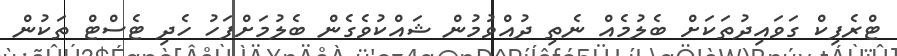
ޓްރެފިކް ގަވައިދުތަކަށް ބެލުމެއް ނެތި ދުއްވުމުން ޝައްކުވެގެން ބެލުމަށްފަހު ހެދި ޓެސްޓް ތަކުން